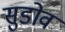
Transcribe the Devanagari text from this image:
सुडोव